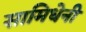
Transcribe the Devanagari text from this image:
सामिधेनी